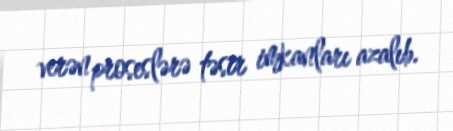
verən proseslərə təsir imkanları azalıb.